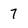
Character: 7